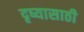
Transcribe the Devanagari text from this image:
दृष्यासाठी